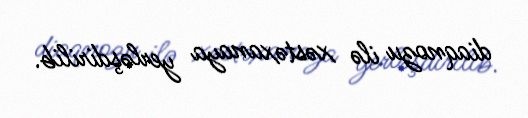
diaqnozu ilə xəstəxanaya yerləşdirilib.